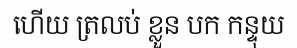
ហើយ ត្រលប់ ខ្លួន បក កន្ទុយ